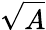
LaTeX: \sqrt{A}